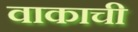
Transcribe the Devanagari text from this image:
वाकाची